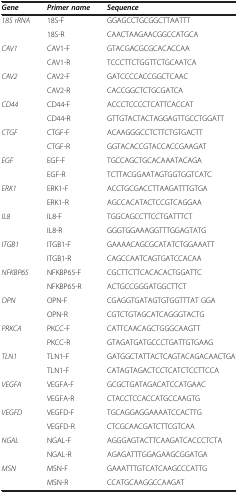
<table><thead><tr><td><b><i>Gene</i></b></td><td><b><i>Primer name</i></b></td><td><b><i>Sequence</i></b></td></tr></thead><tbody><tr><td><i>18S rRNA</i></td><td>18S-F</td><td>GGAGCCTGCGGCTTAATTT</td></tr><tr><td>[EMPTY_CELL]</td><td>18S-R</td><td>CAACTAAGAACGGCCATGCA</td></tr><tr><td><i>CAV1</i></td><td>CAV1-F</td><td>GTACGACGCGCACACCAA</td></tr><tr><td>[EMPTY_CELL]</td><td>CAV1-R</td><td>TCCCTTCTGGTTCTGCAATCA</td></tr><tr><td><i>CAV2</i></td><td>CAV2-F</td><td>GATCCCCACCGGCTCAAC</td></tr><tr><td>[EMPTY_CELL]</td><td>CAV2-R</td><td>CACCGGCTCTGCGATCA</td></tr><tr><td><i>CD44</i></td><td>CD44-F</td><td>ACCCTCCCCTCATTCACCAT</td></tr><tr><td>[EMPTY_CELL]</td><td>CD44-R</td><td>GTTGTACTACTAGGAGTTGCCTGGATT</td></tr><tr><td><i>CTGF</i></td><td>CTGF-F</td><td>ACAAGGGCCTCTTCTGTGACTT</td></tr><tr><td>[EMPTY_CELL]</td><td>CTGF-R</td><td>GGTACACCGTACCACCGAAGAT</td></tr><tr><td><i>EGF</i></td><td>EGF-F</td><td>TGCCAGCTGCACAAATACAGA</td></tr><tr><td>[EMPTY_CELL]</td><td>EGF-R</td><td>TCTTACGGAATAGTGGTGGTCATC</td></tr><tr><td><i>ERK1</i></td><td>ERK1-F</td><td>ACCTGCGACCTTAAGATTTGTGA</td></tr><tr><td>[EMPTY_CELL]</td><td>ERK1-R</td><td>AGCCACATACTCCGTCAGGAA</td></tr><tr><td><i>IL8</i></td><td>IL8-F</td><td>TGGCAGCCTTCCTGATTTCT</td></tr><tr><td>[EMPTY_CELL]</td><td>IL8-R</td><td>GGGTGGAAAGGTTTGGAGTATG</td></tr><tr><td><i>ITGB1</i></td><td>ITGB1-F</td><td>GAAAACAGCGCATATCTGGAAATT</td></tr><tr><td>[EMPTY_CELL]</td><td>ITGB1-R</td><td>CAGCCAATCAGTGATCCACAA</td></tr><tr><td><i>NFKBP65</i></td><td>NFKBP65-F</td><td>CGCTTCTTCACACACTGGATTC</td></tr><tr><td>[EMPTY_CELL]</td><td>NFKBP65-R</td><td>ACTGCCGGGATGGCTTCT</td></tr><tr><td><i>OPN</i></td><td>OPN-F</td><td>CGAGGTGATAGTGTGGTTTAT GGA</td></tr><tr><td>[EMPTY_CELL]</td><td>OPN-R</td><td>CGTCTGTAGCATCAGGGTACTG</td></tr><tr><td><i>PRKCA</i></td><td>PKCC-F</td><td>CATTCAACAGCTGGGCAAGTT</td></tr><tr><td>[EMPTY_CELL]</td><td>PKCC-R</td><td>GTAGATGATGCCCTGATTGTGAAG</td></tr><tr><td><i>TLN1</i></td><td>TLN1-F</td><td>GATGGCTATTACTCAGTACAGACAACTGA</td></tr><tr><td>[EMPTY_CELL]</td><td>TLN1-F</td><td>CATAGTAGACTCCTCATCTCCTTCCA</td></tr><tr><td><i>VEGFA</i></td><td>VEGFA-F</td><td>GCGCTGATAGACATCCATGAAC</td></tr><tr><td>[EMPTY_CELL]</td><td>VEGFA-R</td><td>CTACCTCCACCATGCCAAGTG</td></tr><tr><td><i>VEGFD</i></td><td>VEGFD-F</td><td>TGCAGGAGGAAAATCCACTTG</td></tr><tr><td>[EMPTY_CELL]</td><td>VEGFD-R</td><td>CTCGCAACGATCTTCGTCAA</td></tr><tr><td><i>NGAL</i></td><td>NGAL-F</td><td>AGGGAGTACTTCAAGATCACCCTCTA</td></tr><tr><td>[EMPTY_CELL]</td><td>NGAL-R</td><td>AGAGATTTGGAGAAGCGGATGA</td></tr><tr><td><i>MSN</i></td><td>MSN-F</td><td>GAAATTTGTCATCAAGCCCATTG</td></tr><tr><td>[EMPTY_CELL]</td><td>MSN-R</td><td>CCATGCAAGGCCAAGAT</td></tr></tbody></table>